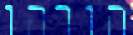
הורהו